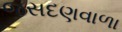
જસદણવાળા